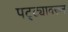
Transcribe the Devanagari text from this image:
पट्ट्यावरून